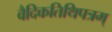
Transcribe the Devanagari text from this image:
वैदिकतिथिपत्रम्